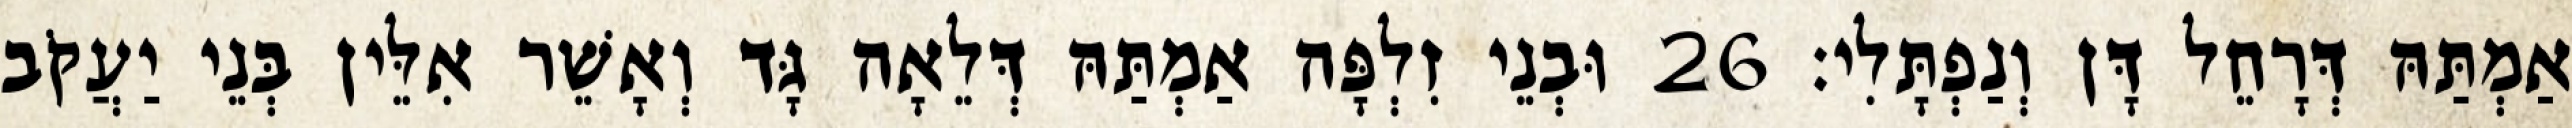
אַמְתַּהּ דְּרָחֵל דָּן וְנַפְתָּלִי׃ 26 וּבְנֵי זִלְפָּה אַמְתַּהּ דְּלֵאָה גָּד וְאָשֵׁר אִלֵּין בְּנֵי יַעֲקֹב